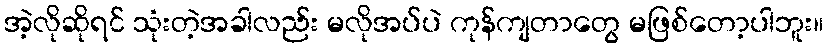
အဲ့လိုဆိုရင် သုံးတဲ့အခါလည်း မလိုအပ်ပဲ ကုန်ကျတာတွေ မဖြစ်တော့ပါဘူး။